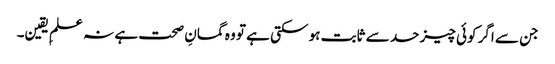
جن سے اگر کوئی چیز حد سے ثابت ہو سکتی ہے تو وہ گمانِ صحت ہے نہ علمِ یقین۔